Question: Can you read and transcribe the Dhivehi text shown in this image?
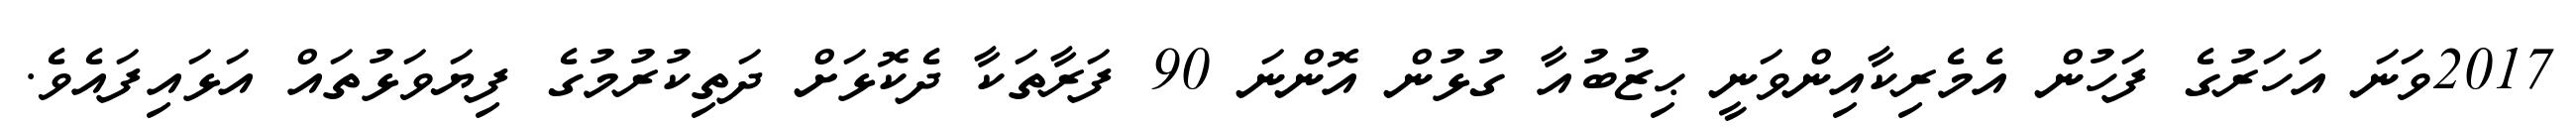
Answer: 2017ވަނަ އަހަރުގެ ފަހުން އެމެރިކާއިންވަނީ ޙިޒުބުއާ ގުޅުން އޮންނަ 90 ފަރާތަކާ ދެކޮޅަށް ދަތިކުރުމުގެ ފިޔަވަޅުތައް އަޅައިފައެވެ.